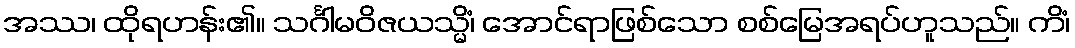
အဿ၊ ထိုရဟန်း၏။ သင်္ဂါမဝိဇယသ္မိံ၊ အောင်ရာဖြစ်သော စစ်မြေအရပ်ဟူသည်။ ကိံ၊